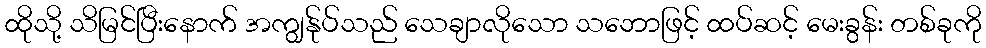
ထိုသို့ သိမြင်ပြီးနောက် အကျွန်ုပ်သည် သေချာလိုသော သဘောဖြင့် ထပ်ဆင့် မေးခွန်း တစ်ခုကို